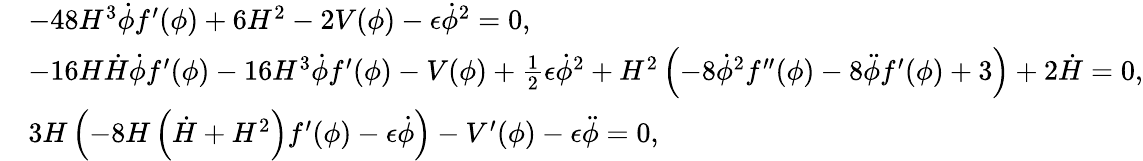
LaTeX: \begin{array}{rl}&{-48H^{3}\dot{\phi}f^{\prime}(\phi)+6H^{2}-2V(\phi)-\epsilon\dot{\phi}^{2}=0,}\\ &{-16H\dot{H}\dot{\phi}f^{\prime}(\phi)-16H^{3}\dot{\phi}f^{\prime}(\phi)-V(\phi)+\frac{1}{2}\epsilon\dot{\phi}^{2}+H^{2}\left(-8\dot{\phi}^{2}f^{\prime\prime}(\phi)-8\ddot{\phi}f^{\prime}(\phi)+3\right)+2\dot{H}=0,}\\ &{3H\left(-8H\left(\dot{H}+H^{2}\right)f^{\prime}(\phi)-\epsilon\dot{\phi}\right)-V^{\prime}(\phi)-\epsilon\ddot{\phi}=0,}\end{array}